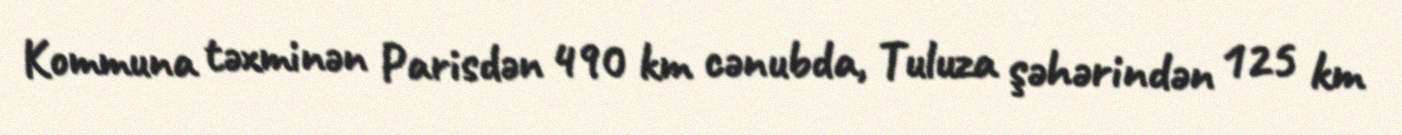
Kommuna təxminən Parisdən 490 km cənubda, Tuluza şəhərindən 125 km